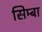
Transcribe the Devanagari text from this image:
सिम्बा